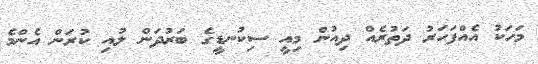
މަހަކު އެއްފަހަރު ދަތުރެއް ދިއުން މިއީ ސިކުނޑީގެ ބަރުދަން ލުއި ކުރަން އެންމެ